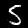
Digit: 5